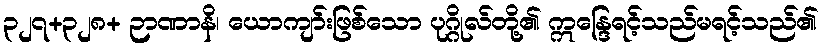
၃၂၇+၃၂၈+ ဉာဏာနိ၊ ယောကျာ်းဖြစ်သော ပုဂ္ဂိုလ်တို့၏ ဣန္ဒြေရင့်သည်မရင့်သည်၏